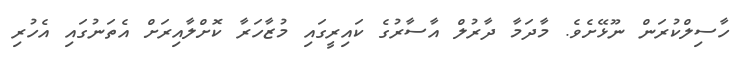
ހާސިލްކުރަން ނޫޅޭށެވެ. މާދަމާ ދާރުލް އާސާރުގެ ކައިރީގައި މުޒާހަރާ ކޮށްލާއިރަށް އެތަނުގައި އެހުރި